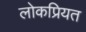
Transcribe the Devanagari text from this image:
लोकप्रियत